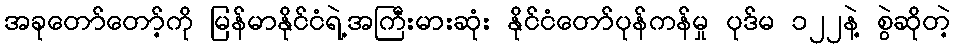
အခုတော်တော့်ကို မြန်မာနိုင်ငံရဲ့အကြီးမားဆုံး နိုင်ငံတော်ပုန်ကန်မှု ပုဒ်မ ၁၂၂နဲ့ စွဲဆိုတဲ့